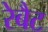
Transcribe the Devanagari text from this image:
रेबैट